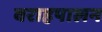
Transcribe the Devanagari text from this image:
वराहपालन